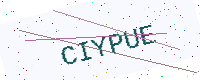
Text: CIYPUE